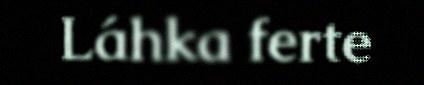
Láhka ferte